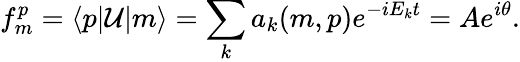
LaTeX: f_{m}^{p}=\langle p\vert\mathcal{U}\vert m\rangle=\sum_{k}a_{k}(m,p)e^{-iE_{k}t}=Ae^{i\theta}.